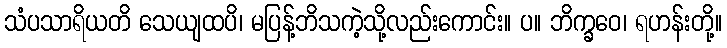
သံပသာရိယတိ သေယျထပိ၊ မပြန့်ဘိသကဲ့သို့လည်းကောင်း။ ပ။ ဘိက္ခဝေ၊ ရဟန်းတို့။